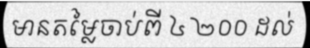
មានតម្លៃចាប់ពី ៤ ២០០ ដល់